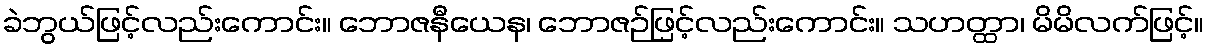
ခဲဘွယ်ဖြင့်လည်းကောင်း။ ဘောဇနီယေန၊ ဘောဇဉ်ဖြင့်လည်းကောင်း။ သဟတ္ထာ၊ မိမိလက်ဖြင့်။